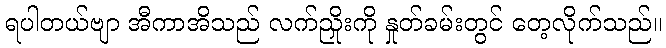
ရပါတယ်ဗျာ အီကာအိသည် လက်ညှိုးကို နှုတ်ခမ်းတွင် တေ့လိုက်သည်။